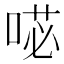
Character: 𭈺